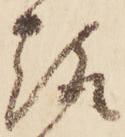
趣